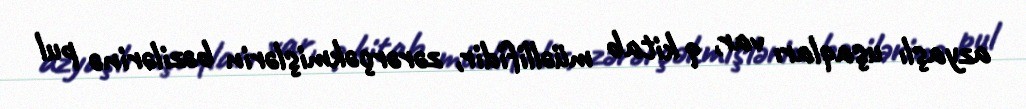
azyaşlı uşaqları var, 9 kitab müəllifidir, zərərçəkmişlərin bəzilərinə pul